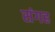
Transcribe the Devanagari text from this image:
संगह